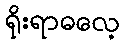
ရိုးရာဓလေ့